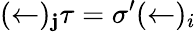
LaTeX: (\leftarrow)_{\mathbf{j}}\tau=\sigma^{\prime}(\leftarrow)_{i}